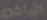
طباعة